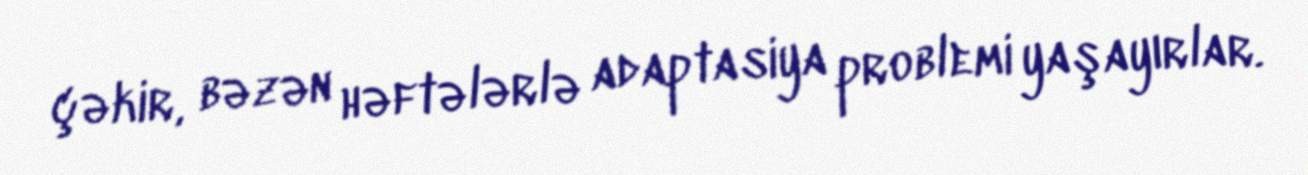
çəkir, bəzən həftələrlə adaptasiya problemi yaşayırlar.